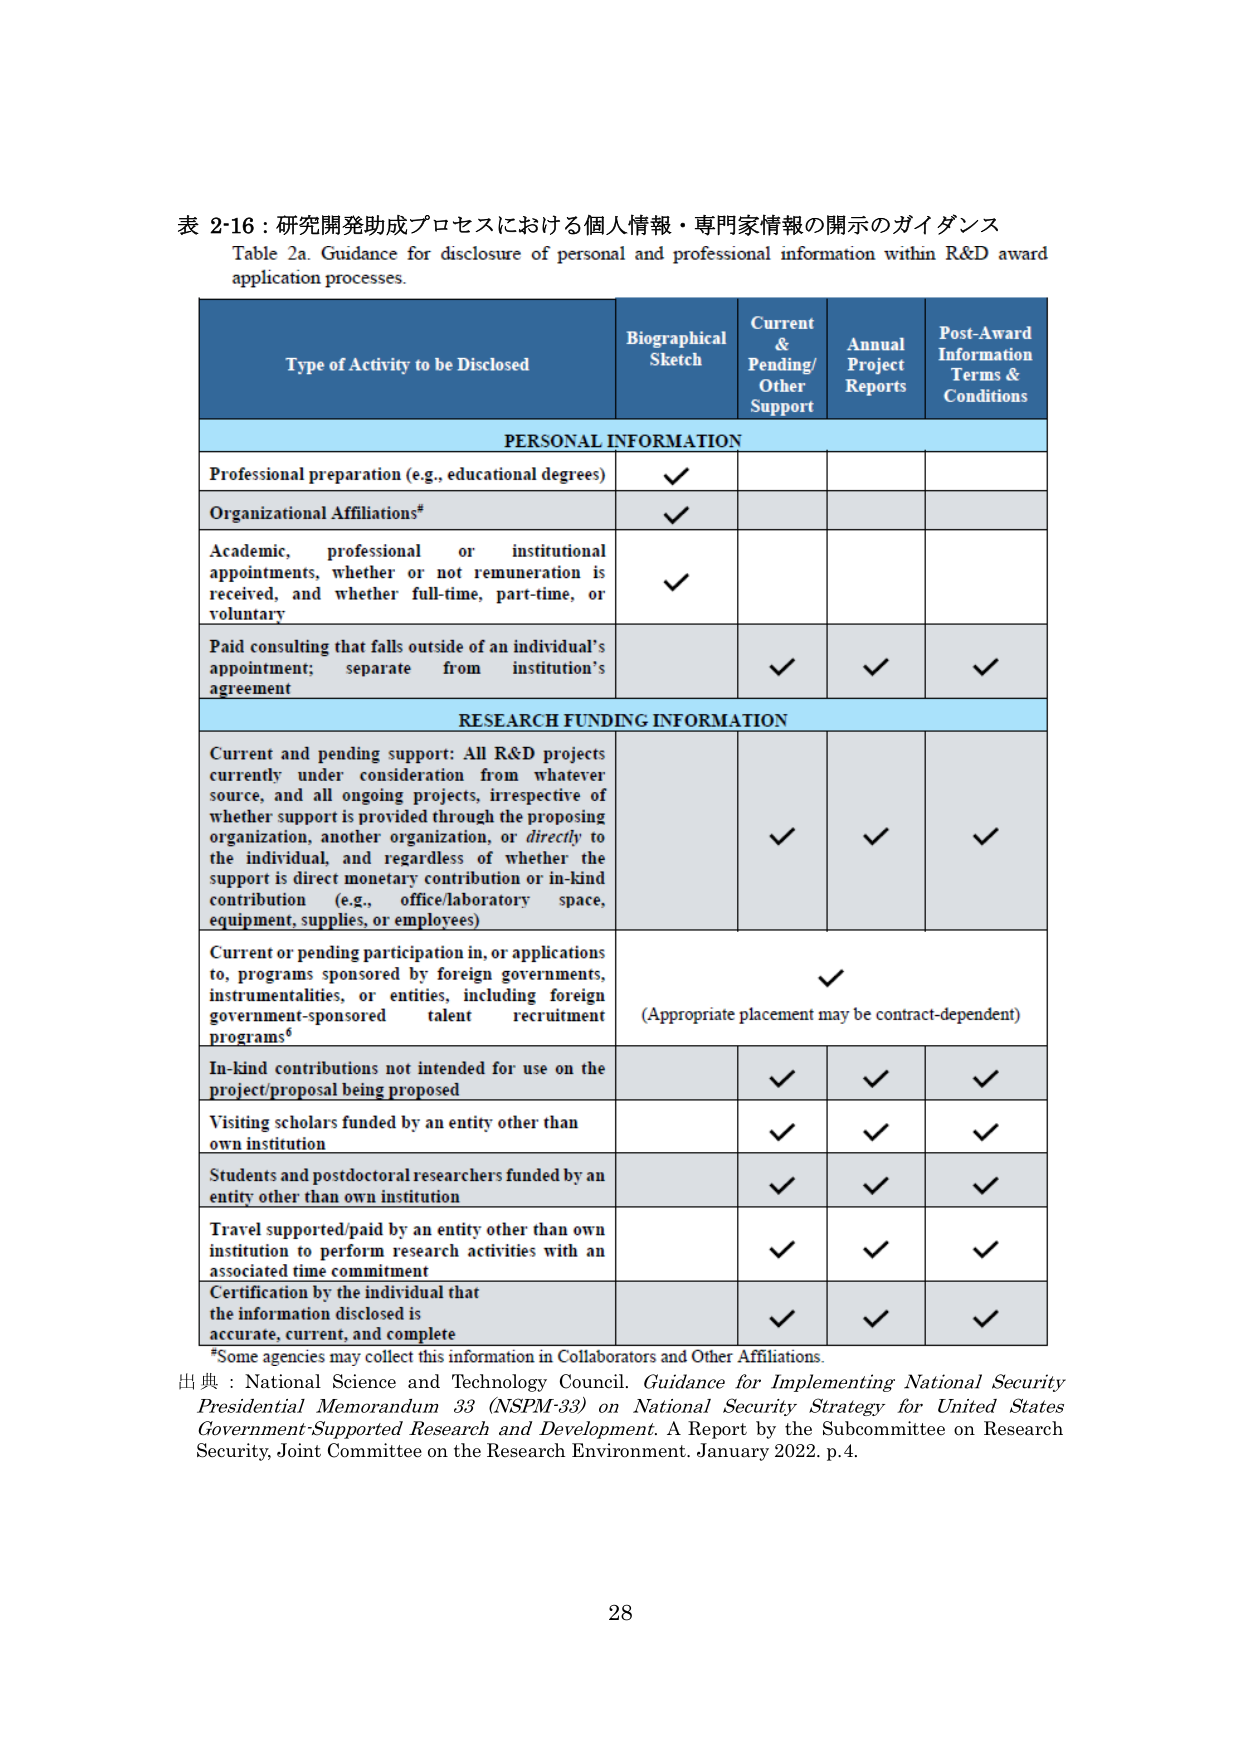
表 2-16：研究開発助成プロセスにおける個人情報・専門家情報の開示のガイダンス
Table 2a. Guidance for disclosure of personal and professional information within R&D award application processes.

Type of Activity to be Disclosed
Biographical Sketch
Current & Pending/ Other Support
Annual Project Reports
Post-Award Information Terms & Conditions

PERSONAL INFORMATION
Professional preparation (e.g., educational degrees)
✓
Organizational Affiliations#
✓
Academic, professional or institutional appointments, whether or not remuneration is received, and whether full-time, part-time, or voluntary
✓
Paid consulting that falls outside of an individual’s appointment; separate from institution’s agreement
✓ ✓ ✓

RESEARCH FUNDING INFORMATION
Current and pending support: All R&D projects currently under consideration from whatever source, and all ongoing projects, irrespective of whether support is provided through the proposing organization, another organization, or directly to the individual, and regardless of whether the support is direct monetary contribution or in-kind contribution (e.g., office/laboratory space, equipment, supplies, or employees)
✓ ✓ ✓
Current or pending participation in, or applications to, programs sponsored by foreign governments, instrumentalities, or entities, including foreign government-sponsored talent recruitment programs⁶
✓
(Appropriate placement may be contract-dependent)
In-kind contributions not intended for use on the project/proposal being proposed
✓ ✓ ✓
Visiting scholars funded by an entity other than own institution
✓ ✓ ✓
Students and postdoctoral researchers funded by an entity other than own institution
✓ ✓ ✓
Travel supported/paid by an entity other than own institution to perform research activities with an associated time commitment
✓ ✓ ✓
Certification by the individual that the information disclosed is accurate, current, and complete
✓ ✓ ✓

#Some agencies may collect this information in Collaborators and Other Affiliations.
出典：National Science and Technology Council. Guidance for Implementing National Security Presidential Memorandum 33 (NSPM-33) on National Security Strategy for United States Government-Supported Research and Development. A Report by the Subcommittee on Research Security, Joint Committee on the Research Environment. January 2022. p.4.

28